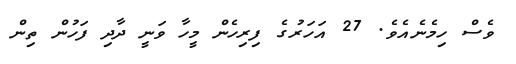
ވެސް ހިމެނެއެވެ. 27 އަހަރުގެ ފިރިހެން މީހާ ވަނީ ދާދި ފަހުން ތިން